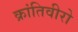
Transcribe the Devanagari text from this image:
क्रांतिवीरो